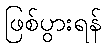
ဖြစ်ပွားရန်